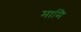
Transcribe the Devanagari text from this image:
मामि